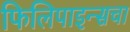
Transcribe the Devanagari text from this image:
फिलिपाइन्सचा